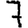
Digit: 7